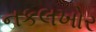
નકલખોર